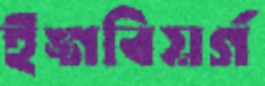
ইঙ্গবিয়র্গ